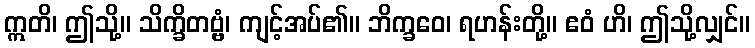
ဣတိ၊ ဤသို့။ သိက္ခိတဗ္ဗံ၊ ကျင့်အပ်၏။ ဘိက္ခဝေ၊ ရဟန်းတို့။ ဧဝံ ဟိ၊ ဤသို့လျှင်။